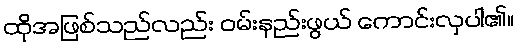
ထိုအဖြစ်သည်လည်း ဝမ်းနည်းဖွယ် ကောင်းလှပါ၏။